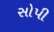
સોપી